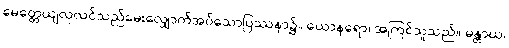
မေတ္တေယျလုလင်သည်မေးလျှောက်အပ်သောပြဿနာ၌။ ယောနရော၊ အကြင်သူသည်။ မန္တာယ၊